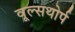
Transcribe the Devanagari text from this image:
वूल्सथोर्प